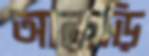
আকড়ি